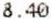
8.40